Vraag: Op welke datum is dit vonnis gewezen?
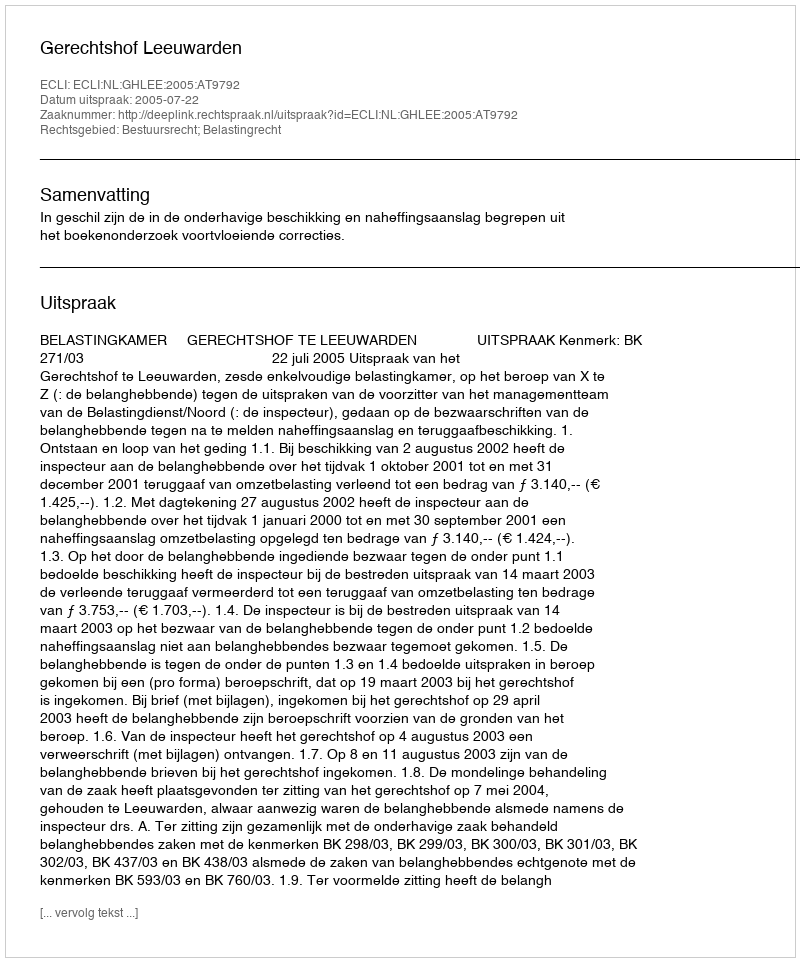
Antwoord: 2005-07-22